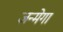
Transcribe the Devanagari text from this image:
जन्मेगा